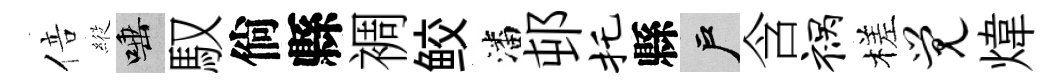
倍𦂵唾馭倘縣裯鲛潘邨托縣户含祸槎觉煒